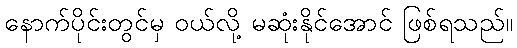
နောက်ပိုင်းတွင်မှ ဝယ်လို့ မဆုံးနိုင်အောင် ဖြစ်ရသည်။